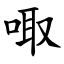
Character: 㖩